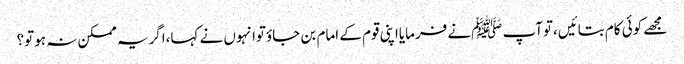
مجھے کوئی کام بتائیں،توآپ ﷺنے فرمایااپنی قوم کے امام بن جاؤتوانہوں نے کہا،اگریہ ممکن نہ ہوتو؟